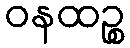
ဝနထဉ္စ